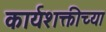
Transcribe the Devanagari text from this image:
कार्यशक्तीच्या